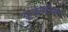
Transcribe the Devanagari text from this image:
इन्डायरेक्ट